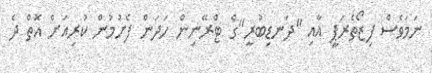
ނަމަވެސް ފިޒޯތެރަޕީ އާއި "ދަނޑިބުރީ"ގެ ޓްރޭނިން ހަދަން ފެށުމުން ކުރިއަށް އޮތް ދެ